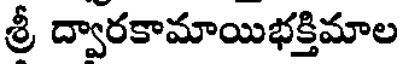
శ్రీ ద్వారకామాయిభక్తిమాల